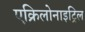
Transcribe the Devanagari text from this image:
एक्रिलोनाइट्रिल